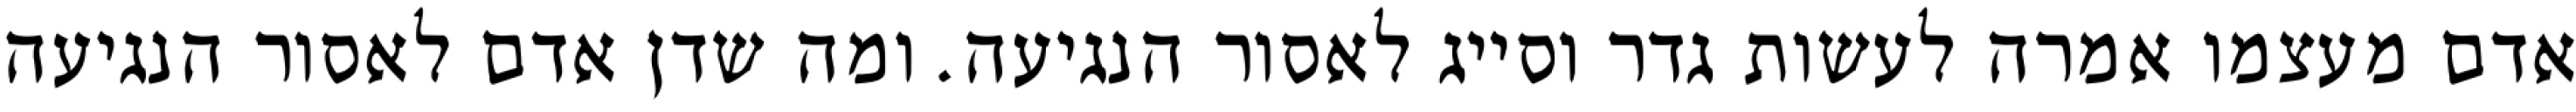
אדם מעצמו אמרה לעשות גדר וסייג לאסור הנגיעה. ומה שדן אדם לאסור הנגיעה